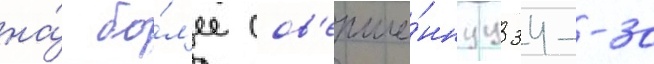
на́ бо́л'ее сов'ерше́ннуу 34--30